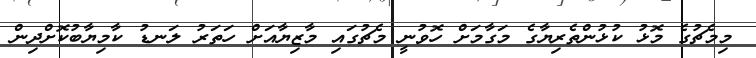
މިމެޗުގެ މޮޅު ކުޅުންތެރިޔާގެ މަގާމަށް ހޮވުނީ މެޗުގައި މާޒިޔާއަށް ހަތަރު ލަނޑު ކާމިޔާބުކޮށްދިން